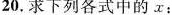
20.求下列各式中的x：